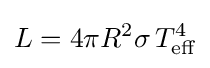
L=4\pi R^{2}\sigma \,T_{\text{eff}}^{4}